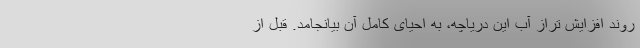
روند افزایش تراز آب این دریاچه، به احیای کامل آن بیانجامد. قبل از